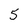
Character: 5